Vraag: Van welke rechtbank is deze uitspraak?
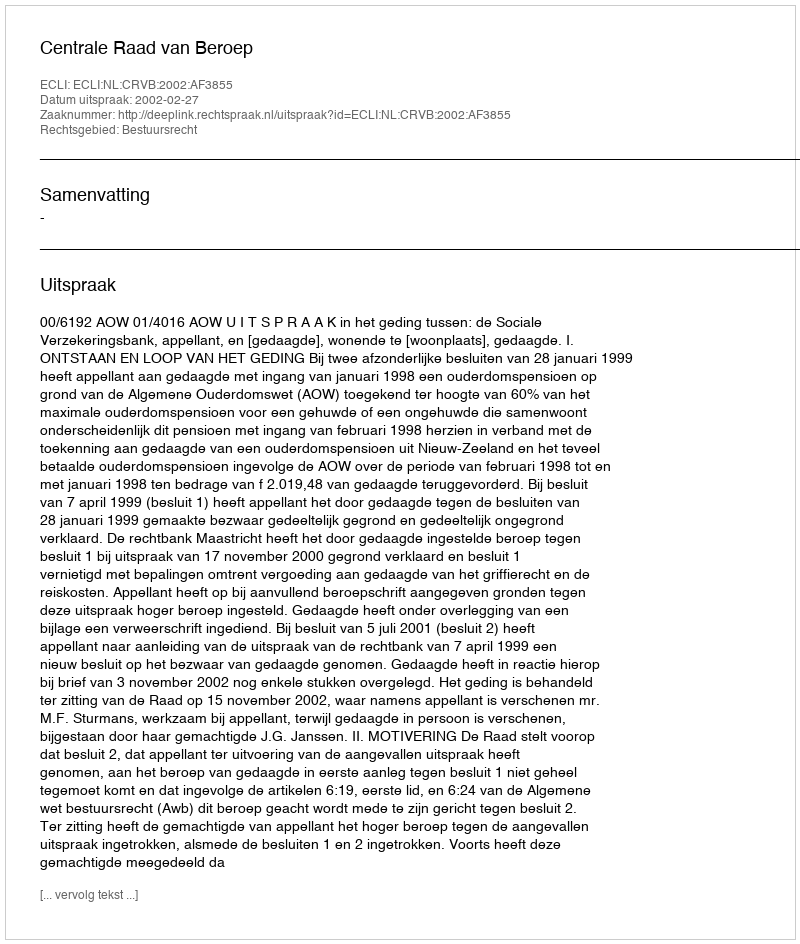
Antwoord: Centrale Raad van Beroep